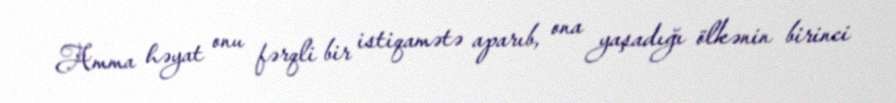
Amma həyat onu fərqli bir istiqamətə aparıb, ona yaşadığı ölkənin birinci